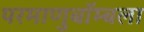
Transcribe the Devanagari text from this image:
परमाणुबॉम्बला